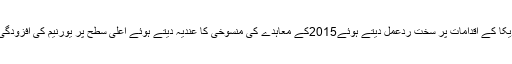
ایران نے بھی امریکا کے اقدامات پر سخت ردعمل دیتے ہوئے2015کے معاہدے کی منسوخی کا عندیہ دیتے ہوئے اعلیٰ سطح پر یورنیم کی افزودگی کا عندیہ دیا ہے۔